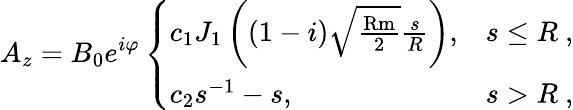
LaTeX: A_{z}=B_{0}e^{i\varphi}\left\{ \begin{array}{ll}{c_{1}J_{1}\left((1-i)\sqrt{\frac{\mathrm{Rm}}{2}}\frac{s}{R}\right),}&{s\leq R~,}\\ {c_{2}s^{-1}-s,}&{s>R~,}\end{array}\right.